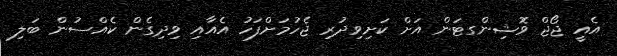
އެއީ ޖޯޖް ވޮޝިންގޓަން އަށް ކަށިވިދުރި ޖެހުމަށްފަހު އެއާއި ވިދިގެން ކެއްސުން ބަލި